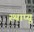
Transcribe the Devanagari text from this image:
स्थाप्युं